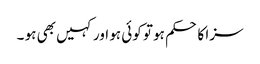
سزا کا حکم ہو تو کوئی ہو اور کہیں بھی ہو ۔